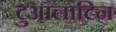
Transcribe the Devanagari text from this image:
टुआलाटिन